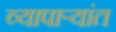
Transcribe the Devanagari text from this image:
व्यापाऱ्यांत